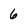
Character: 6